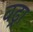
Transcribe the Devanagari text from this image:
वढ्रा